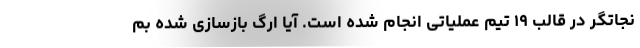
نجاتگر در قالب ١٩ تیم عملیاتی انجام شده است. آیا ارگ بازسازی شده بم